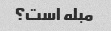
مبله است؟